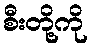
စီးတို့ကို